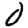
Digit: 0